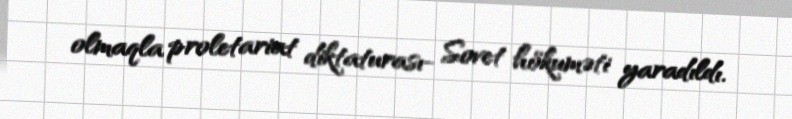
olmaqla proletariat diktaturası- Sovet hökuməti yaradıldı.